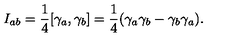
I _ { a b } = { \frac 1 4 } [ \gamma _ { a } , \gamma _ { b } ] = { \frac 1 4 } ( \gamma _ { a } \gamma _ { b } - \gamma _ { b } \gamma _ { a } ) .